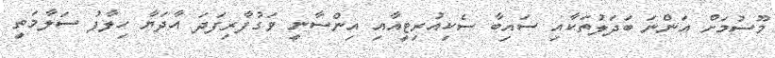
މޫސުމަށް އަންނަ ބަދަލުތަކާއި ސައިބާ ސެކިއުރިޓީއާއި އިންސާނީ ވަގުފާރިފަދަ އާދަޔާ ހިލާފު ސަލާމަތީ